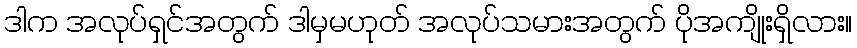
ဒါက အလုပ်ရှင်အတွက် ဒါမှမဟုတ် အလုပ်သမားအတွက် ပိုအကျိုးရှိလား။